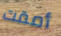
أمقت